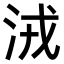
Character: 𣴛